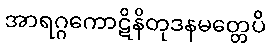
အာရဂ္ဂကောဋိနိတုဒနမတ္တေပိ